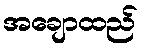
အချောထည်